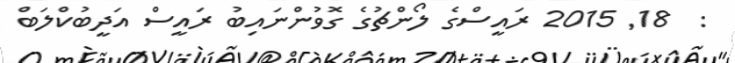
:  18